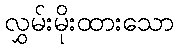
လွှမ်းမိုးထားသော